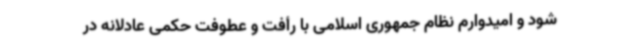
شود و امیدوارم نظام جمهوری اسلامی با رأفت و عطوفت حکمی عادلانه در